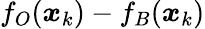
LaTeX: f_{O}(\boldsymbol{x}_{k})-f_{B}(\boldsymbol{x}_{k})